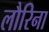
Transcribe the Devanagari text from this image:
लौरिना